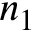
n _ { 1 }